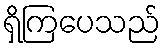
ရှိကြပေသည်